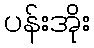
ပန်းအိုး